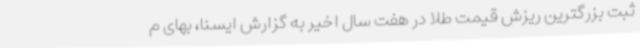
ثبت بزرگترین ریزش قیمت طلا در هفت سال اخیر به گزارش ایسنا، بهای م